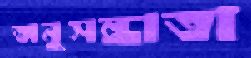
অনুসন্ধাতা